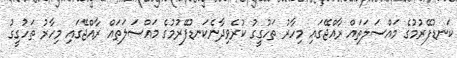
ކަނޑުފޭރުމުގެ މައްސަލަތައް ރާއްޖޭގައި މިހާރު ތަހުގީގު ކުރެވިދާނެކަނޑުފޭރުމުގެ މައްސަލަތައް ރާއްޖޭގައި މިހާރު ތަހުގީގު